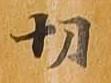
切